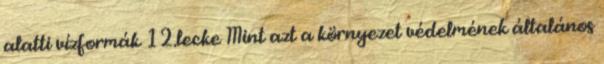
alatti vízformák 12.lecke Mint azt a környezet védelmének általános